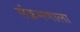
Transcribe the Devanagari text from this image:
संक्रमणाला